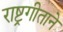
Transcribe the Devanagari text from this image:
राष्ट्रगीताने